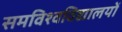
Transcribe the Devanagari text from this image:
समविश्वविद्यालयों